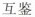
互鉴